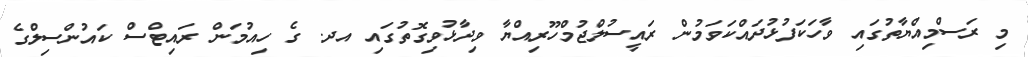
މި ރަސްމިއްޔާތުގައި ވާހަކަފުޅުދައްކަވަމުން ރައީސުލްޖުމްހޫރިއްޔާ ވިދާޅުވިގޮތުގައި އދ. ގެ ހިއުމަން ރައިޓްސް ކައުންސިލްގެ